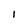
Character: 1